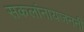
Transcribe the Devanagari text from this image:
सकलांनायजननी